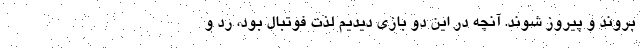
بروند و پیروز شوند. آنچه در این دو بازی دیدیم لذت فوتبال بود، رد و